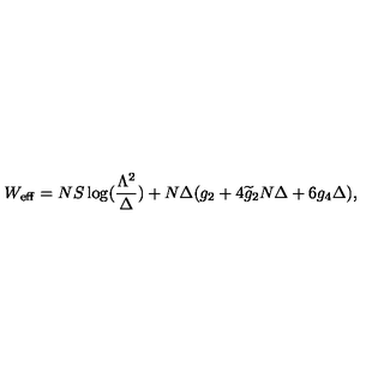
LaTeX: W _ { \mathrm { e f f } } = N S \log ( \frac { \Lambda ^ { 2 } } { \Delta } ) + N \Delta ( g _ { 2 } + 4 \widetilde { g } _ { 2 } N \Delta + 6 g _ { 4 } \Delta ) ,